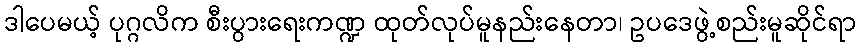
ဒါပေမယ့် ပုဂ္ဂလိက စီးပွားရေးကဏ္ဍ ထုတ်လုပ်မူနည်းနေတာ၊ ဥပဒေဖွဲ့စည်းမူဆိုင်ရာ